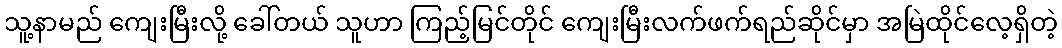
သူ့နာမည် ကျေးမြီးလို့ ခေါ်တယ် သူဟာ ကြည့်မြင်တိုင် ကျေးမြီးလက်ဖက်ရည်ဆိုင်မှာ အမြဲထိုင်လေ့ရှိတဲ့